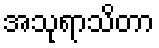
အသုရာသိတာ